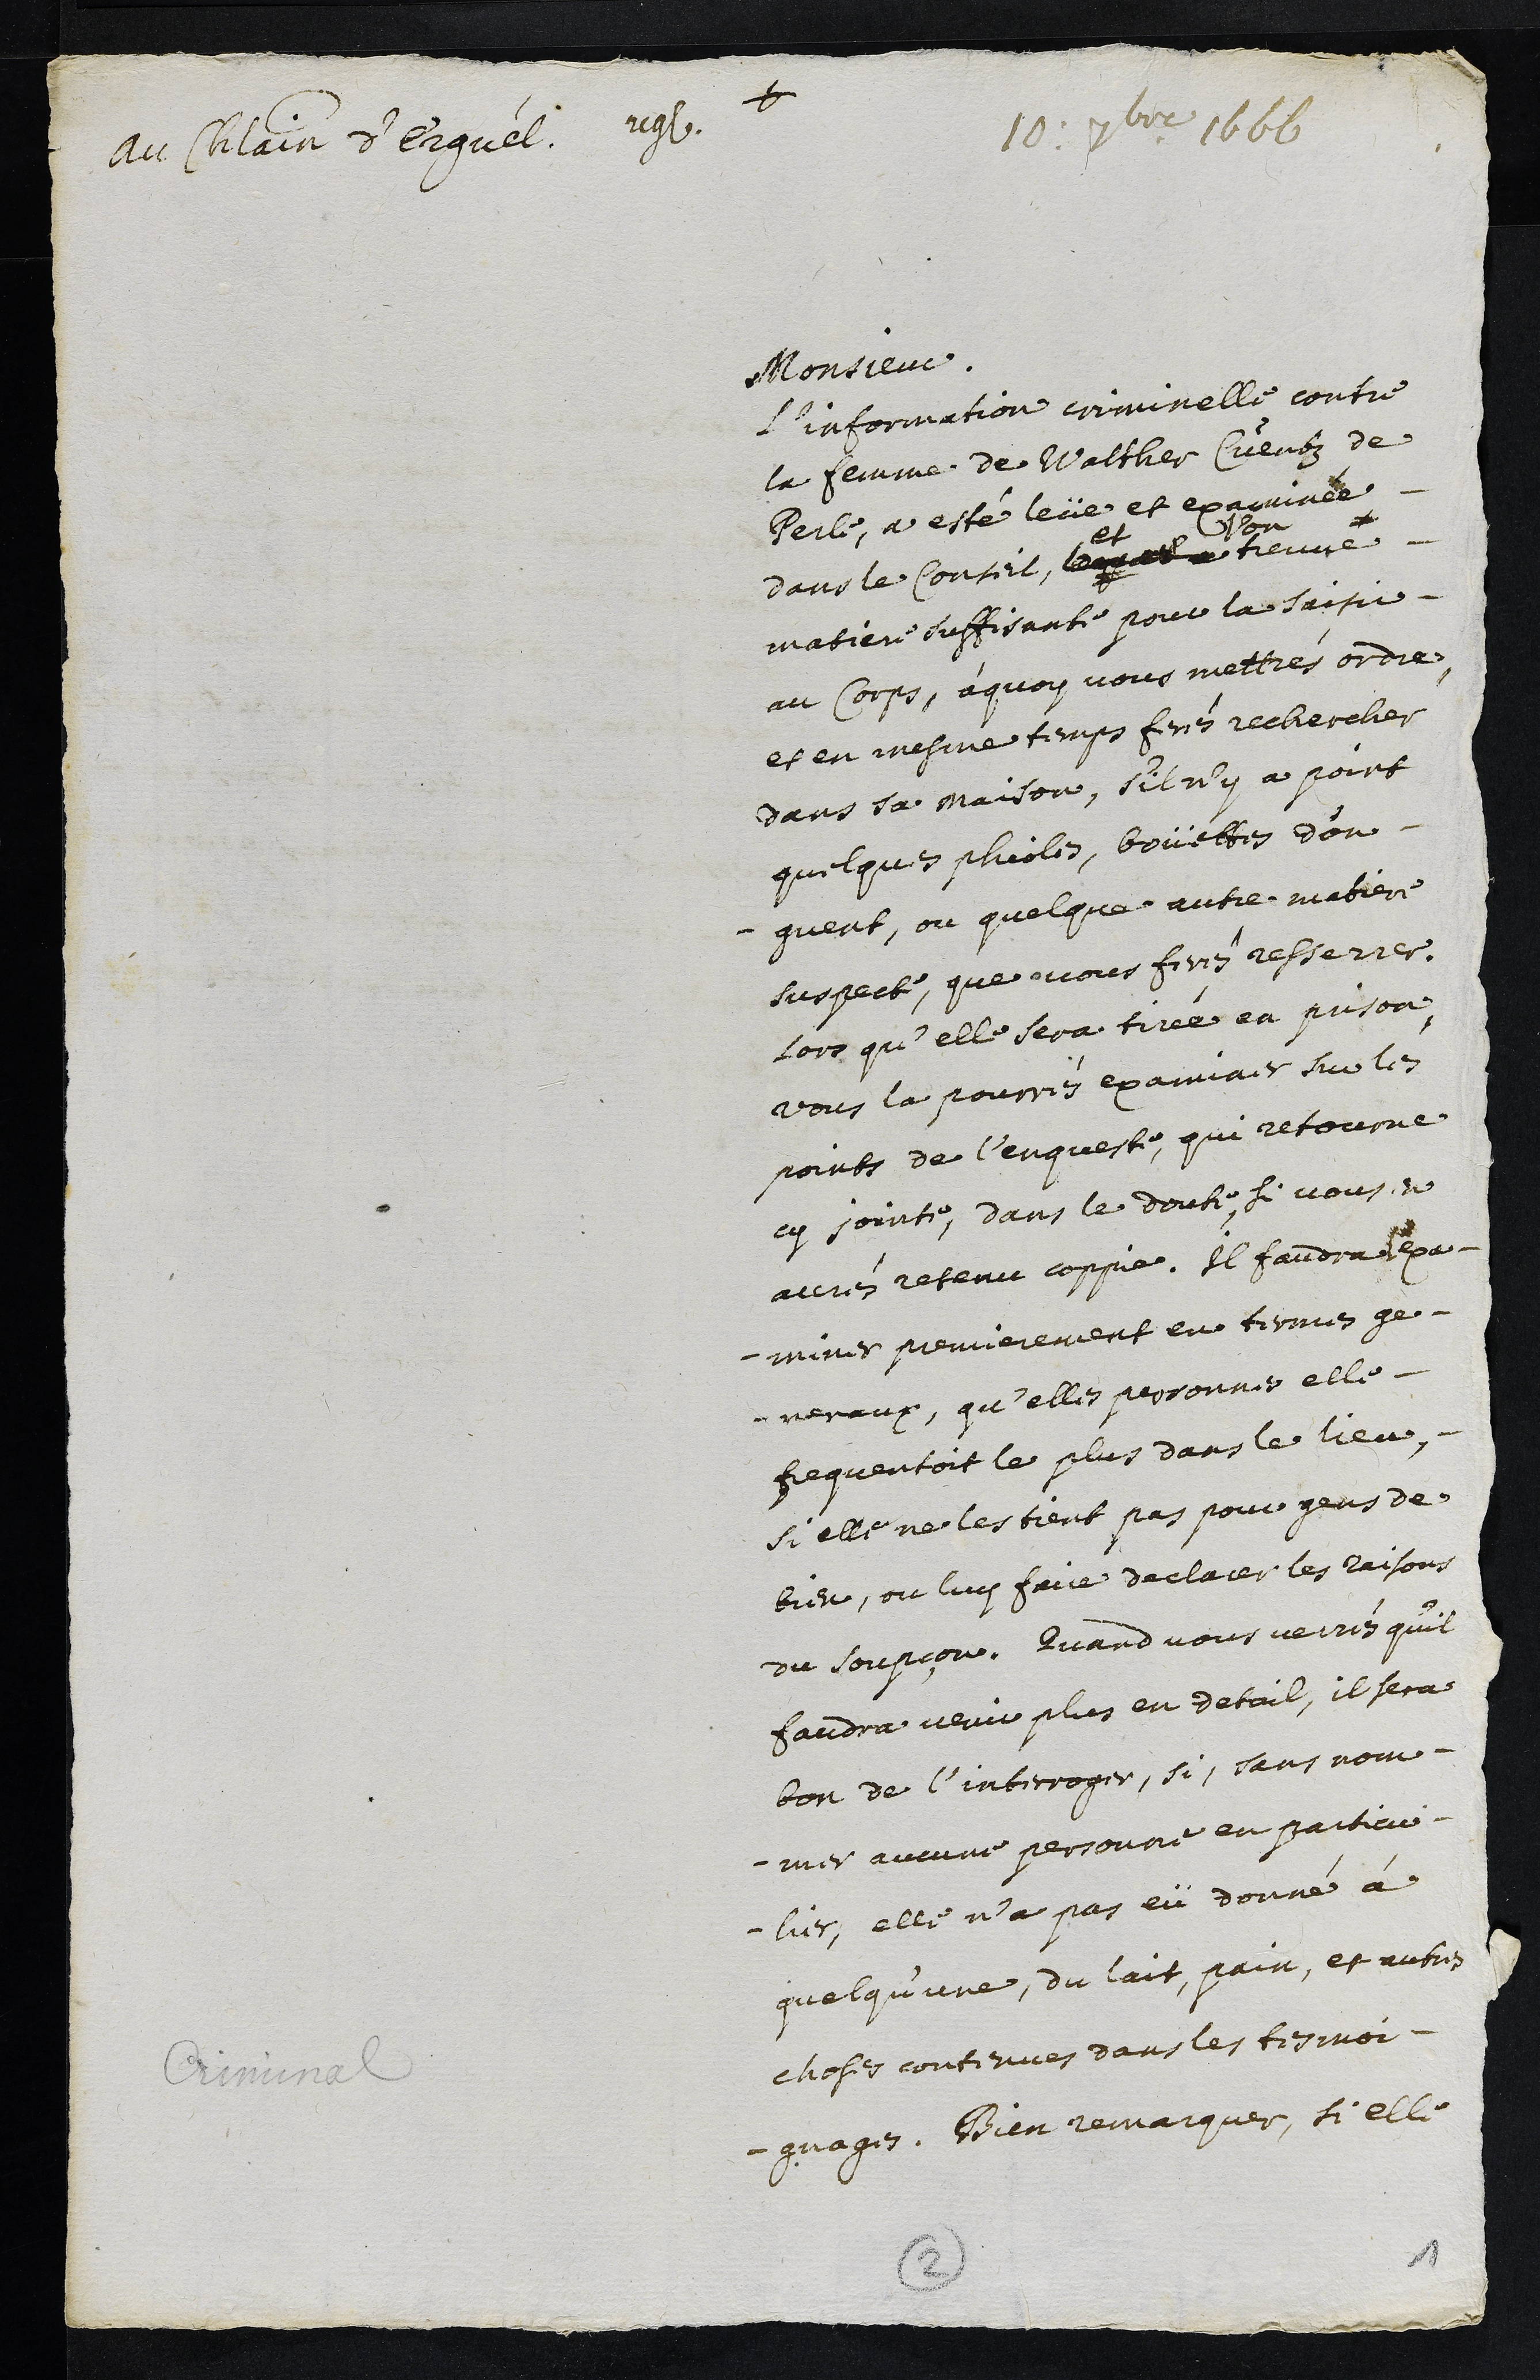
+
au Chatelain d’Erguel
registratum
10. 7bre 166
Monsieur.
L'information criminelle contre
la femme de Walther Cuentz de
Perle, a esté leve et examinée
dans le Conseil, lequel a
et l'on
treuve
matiere suffisante pour la saisir
au Corps, à quoy vous mettrés ordre,
et en mesme temps ferés rechercher
dans sa maison, s’il n’y a point
quelques phioles, boüettes d'on¬
guent, ou quelque autre matiere
suspecte, que vous ferés resserrer.
Lors qu’elle sera tirée en prison,
vous la pourrés examiner sur les
points de l’enqueste, qui retourne
cy jointe, dans le doute, si vous en
aurés retenu coppie, il faudra exa¬
miner premierement en termes ge¬
neraux, qu'elles personnes elle
frequentoit le plus dans le lieu,
si elle ne les tient pas pour gens de
bien, ou luy faire declarer les raisons
du soupçon. Quand vous verrés qu’il
faudra venir plus en detail, il sera
bon de l’interroger, si, sans nom¬
mer aucune personne en particu¬
lier, elle n’a pas eü donné à
quelqu’une, du lait, pain, et autres
choses contenues dans les tesmoi¬
gnages. Bien remarquer, si elle
Criminal
2
1